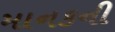
માનકની